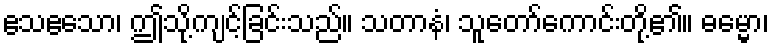
ဧသဧသော၊ ဤသို့ကျင့်ခြင်းသည်။ သတာနံ၊ သူတော်ကောင်းတို့၏။ ဓမ္မော၊